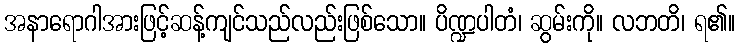
အနာရောဂါအားဖြင့်ဆန့်ကျင်သည်လည်းဖြစ်သော။ ပိဏ္ဍပါတံ၊ ဆွမ်းကို။ လဘတိ၊ ရ၏။